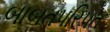
બાબતપરિપત